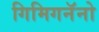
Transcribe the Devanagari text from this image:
गिमिगनॅनो